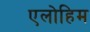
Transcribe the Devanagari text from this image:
एलोहिम